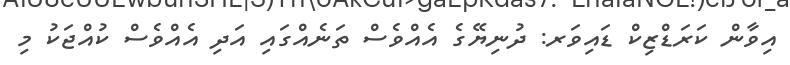
އިވާން ކަރަޑްޒިކް ޑައިވަރ: ދުނިޔޭގެ އެއްވެސް ތަނެއްގައި އަދި އެއްވެސް ކުއްޖަކު މި